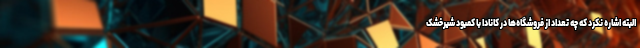
البته اشاره نکرد که چه تعداد از فروشگاه‌ها در کانادا با کمبود شیرخشک